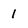
Character: 1